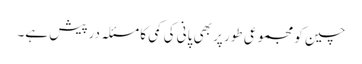
چین کو مجموعی طور پر بھی پانی کی کمی کا مسئلہ درپیش ہے۔